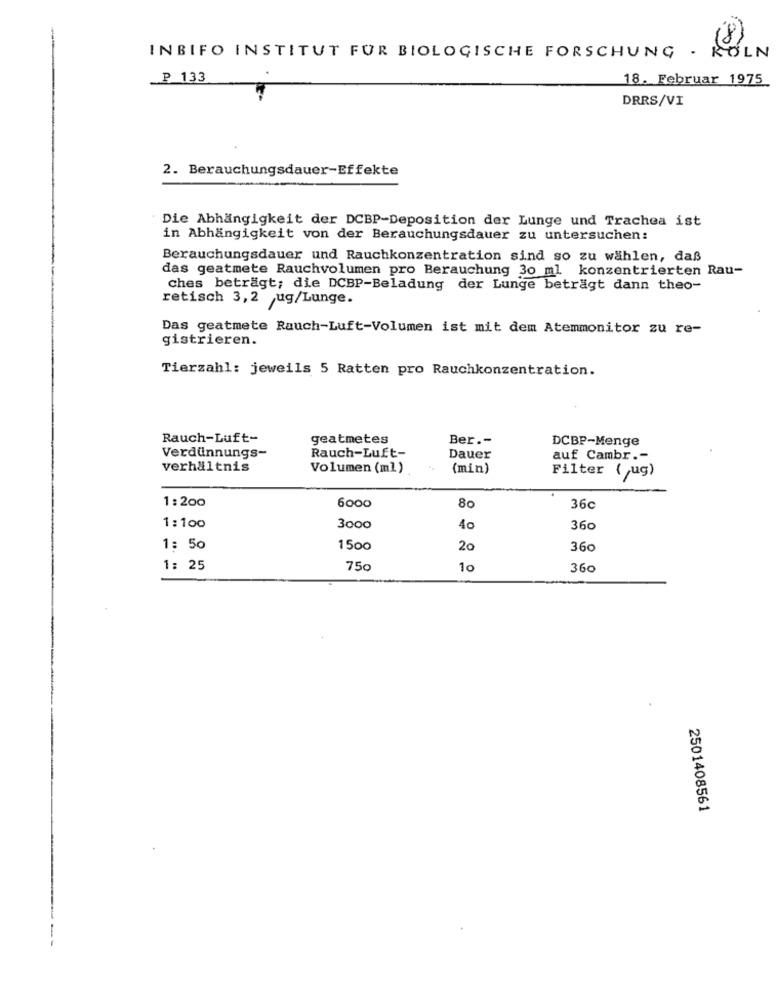
. KOLN
INBIFO INSTITUT FUR BIOLOGISCHE FORSCHUNG
P 133
18. Februar 1975
DRRS/VI
2. Berauchungsdauer-Effekte
Die Abhängigkeit der DCBP-Deposition der Lunge und Trachea ist
in Abhängigkeit von der Berauchungsdauer zu untersuchen:
Berauchungsdauer und Rauchkonzentration sind so zu wählen, daß
das geatmete Rauchvolumen pro Berauchung 30 ml konzentrierten Rau-
ches beträgt; die DCBP-Beladung der Lunge beträgt dann theo-
retisch 3,2 ug/Lunge.
Das geatmete Rauch-Luft-Volumen ist mit dem Atemmonitor zu re-
gistrieren.
Tierzahl: jeweils 5 Ratten pro Rauchkonzentration.
Rauch-Luft-
geatmetes
Ber .-
DCBP-Menge
Verdünnungs-
Rauch-Luft-
Dauer
auf Cambr .-
verhältnis
Volumen (ml)
(min)
Filter ( ug)
1: 200
6000
80
36c
1:100
3000
40
360
1: 50
1500
20
360
1: 25
750
10
360
2501408561